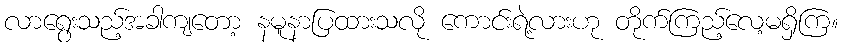
လာရွေးသည့်အခါကျတော့ နမူနာပြထားသလို ကောင်းရဲ့လားဟု တိုက်ကြည့်လေ့မရှိကြ။